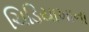
ચિડિયાખાના